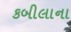
કબીલાના